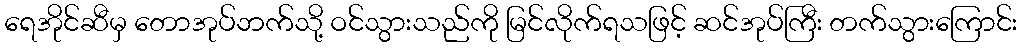
ရေအိုင်ဆီမှ တောအုပ်ဘက်သို့ ဝင်သွားသည်ကို မြင်လိုက်ရသဖြင့် ဆင်အုပ်ကြီး တက်သွားကြောင်း